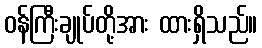
ဝန်ကြီးချုပ်တို့အား ထားရှိသည်။